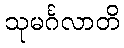
သုမင်္ဂလာတိ